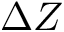
\Delta Z